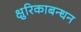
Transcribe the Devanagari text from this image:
क्षुरिकाबन्धन